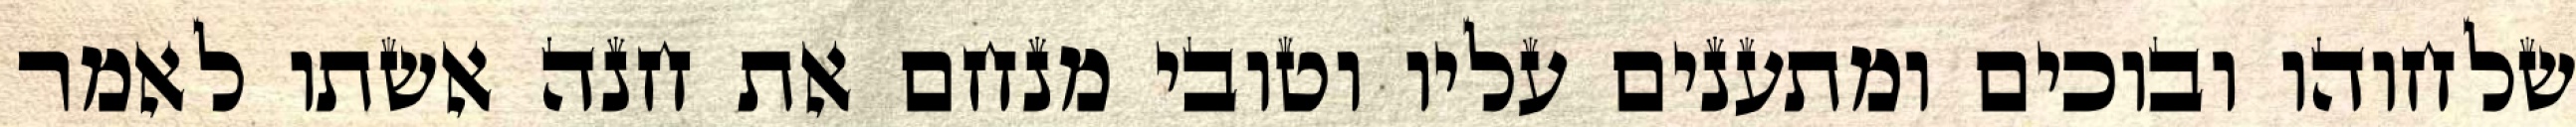
שלחוהו ובוכים ומתענים עליו וטובי מנחם את חנה אשתו לאמר